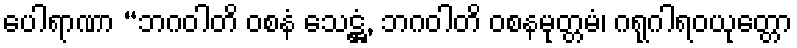
ပေါရာဏာ “ဘဂဝါတိ ဝစနံ သေဋ္ဌံ, ဘဂဝါတိ ဝစနမုတ္တမံ၊ ဂရုဂါရဝယုတ္တော